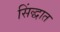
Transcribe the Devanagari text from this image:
सिंद्धात